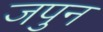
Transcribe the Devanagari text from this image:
जपुन